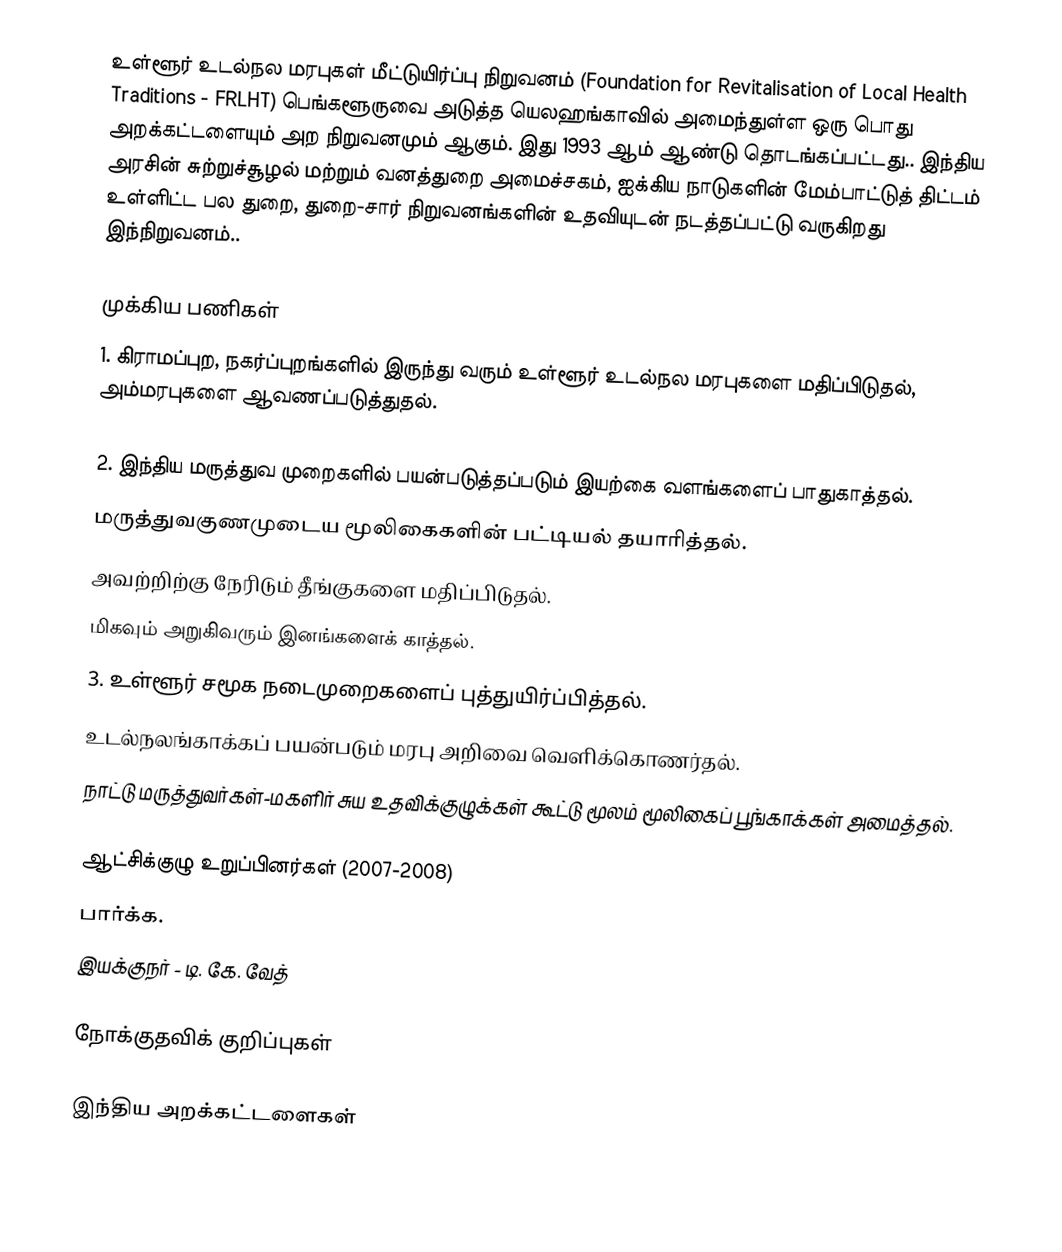
உள்ளூர் உடல்நல மரபுகள் மீட்டுயிர்ப்பு நிறுவனம் (Foundation for Revitalisation of Local Health Traditions - FRLHT) பெங்களூருவை அடுத்த யெலஹங்காவில் அமைந்துள்ள  ஒரு பொது அறக்கட்டளையும் அற நிறுவனமும் ஆகும். இது 1993 ஆம் ஆண்டு தொடங்கப்பட்டது.. இந்திய அரசின் சுற்றுச்சூழல் மற்றும் வனத்துறை அமைச்சகம், ஐக்கிய நாடுகளின் மேம்பாட்டுத் திட்டம் உள்ளிட்ட பல துறை, துறை-சார் நிறுவனங்களின் உதவியுடன் நடத்தப்பட்டு வருகிறது இந்நிறுவனம்..

முக்கிய பணிகள்
1. கிராமப்புற, நகர்ப்புறங்களில் இருந்து வரும் உள்ளூர் உடல்நல மரபுகளை மதிப்பிடுதல், அம்மரபுகளை ஆவணப்படுத்துதல்.

2. இந்திய மருத்துவ முறைகளில் பயன்படுத்தப்படும் இயற்கை வளங்களைப் பாதுகாத்தல்.
 மருத்துவகுணமுடைய மூலிகைகளின் பட்டியல் தயாரித்தல்.
 அவற்றிற்கு நேரிடும் தீங்குகளை மதிப்பிடுதல்.
 மிகவும் அறுகிவரும் இனங்களைக் காத்தல்.
3. உள்ளூர் சமூக நடைமுறைகளைப் புத்துயிர்ப்பித்தல்.
 உடல்நலங்காக்கப் பயன்படும் மரபு அறிவை வெளிக்கொணர்தல்.
 நாட்டு மருத்துவர்கள்-மகளிர் சுய உதவிக்குழுக்கள் கூட்டு மூலம் மூலிகைப் பூங்காக்கள் அமைத்தல்.

ஆட்சிக்குழு உறுப்பினர்கள் (2007-2008)
 பார்க்க.
 இயக்குநர் - டி. கே. வேத்

நோக்குதவிக் குறிப்புகள்

இந்திய அறக்கட்டளைகள்